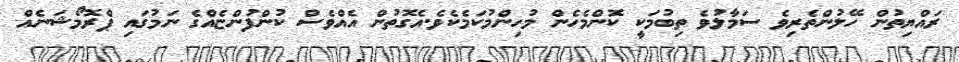
ރައްޔިތުން ހޭލުންތެރިވެ ސަމާލުވެ ތިބުމަކީ ކޮންމެހެން މުހިންމުކަމެކެވެ.އެގޮތުން އެއްވެސް ކުންފުންޏެއްގެ ނަމުގައި ޕްރޮމޯޝަނެއް